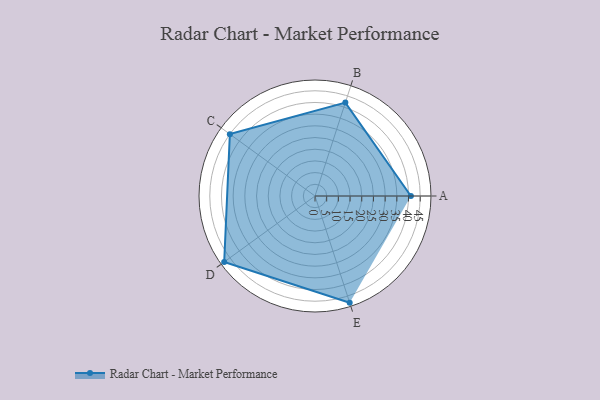
{"axis": {"x": "Skill", "y": "Score"}, "legend": ["Profile"], "data": [{"x": "A", "y": 41.0, "type": "Profile"}, {"x": "B", "y": 42.0, "type": "Profile"}, {"x": "C", "y": 45.0, "type": "Profile"}, {"x": "D", "y": 48.0, "type": "Profile"}, {"x": "E", "y": 48.0, "type": "Profile"}]}